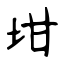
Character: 坩